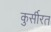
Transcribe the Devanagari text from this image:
कुर्सीरत